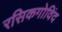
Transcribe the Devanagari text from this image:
रसिकगोविंद